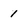
Character: 1